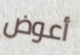
أعوض